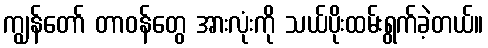
ကျွန်တော် တာဝန်တွေ အားလုံးကို သယ်ပိုးထမ်းရွက်ခဲ့တယ်။